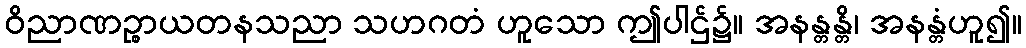
ဝိညာဏဉ္စာယတနသညာ သဟဂတံ ဟူသော ဤပါဌ်၌။ အနန္တန္တိ၊ အနန္တံဟူ၍။